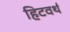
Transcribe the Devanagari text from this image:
हिटवर्थ